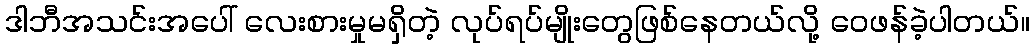
ဒါဘီအသင်းအပေါ် လေးစားမှုမရှိတဲ့ လုပ်ရပ်မျိုးတွေဖြစ်နေတယ်လို့ ဝေဖန်ခဲ့ပါတယ်။